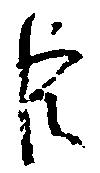
臣